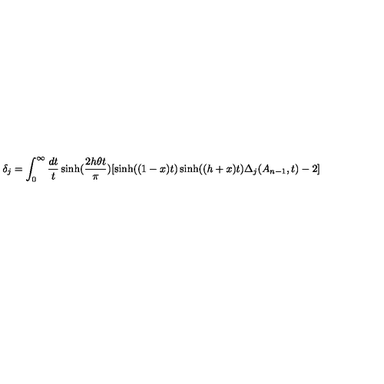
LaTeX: \delta _ { j } = \int _ { 0 } ^ { \infty } \frac { d t } t \sinh ( \frac { 2 h \theta t } \pi ) [ \sinh ( ( 1 - x ) t ) \sinh ( ( h + x ) t ) \Delta _ { j } ( A _ { n - 1 } , t ) - 2 ]